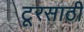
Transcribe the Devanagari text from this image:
टूरसाठी